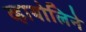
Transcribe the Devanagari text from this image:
व्हायोलिने